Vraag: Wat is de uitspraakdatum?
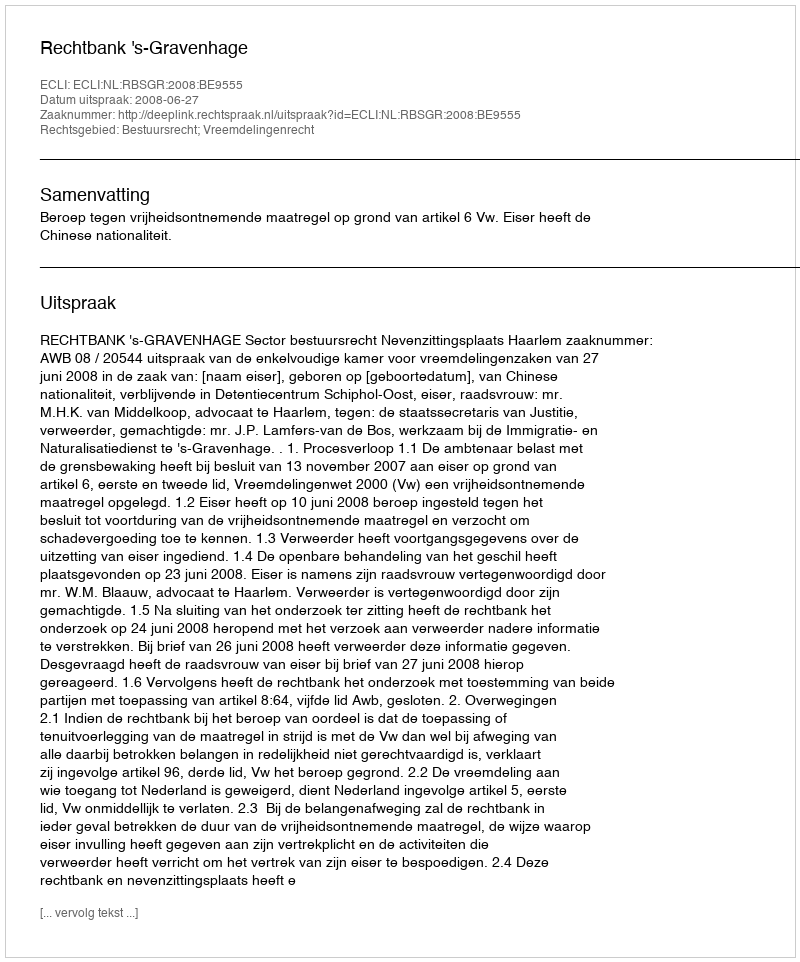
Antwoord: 2008-06-27